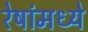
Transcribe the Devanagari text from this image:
रेषांमध्ये